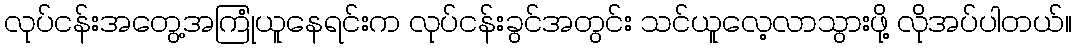
လုပ်ငန်းအတွေ့အကြုံယူနေရင်းက လုပ်ငန်းခွင်အတွင်း သင်ယူလေ့လာသွားဖို့ လိုအပ်ပါတယ်။